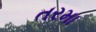
તરમા